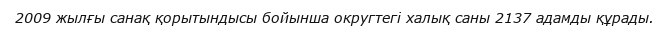
2009 жылғы санақ қорытындысы бойынша округтегі халық саны 2137 адамды құрады.